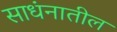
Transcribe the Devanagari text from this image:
साधंनातील